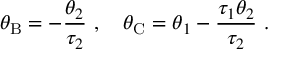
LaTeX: \theta _ { \mathrm { B } } = - \frac { \theta _ { 2 } } { \tau _ { 2 } } \ , \quad \theta _ { \mathrm { C } } = \theta _ { 1 } - \frac { \tau _ { 1 } \theta _ { 2 } } { \tau _ { 2 } } \ .